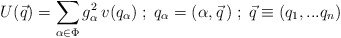
\begin{align*}U(\vec{q}) = \sum_{\alpha \in \Phi } g_{\alpha}^2 \, v(q_{\alpha})\; ; \;q_{\alpha} = (\alpha , \vec{q}\, ) \; ; \;\vec{q} \equiv (q_1, ... q_n)\end{align*}